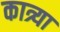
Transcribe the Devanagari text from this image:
कात्र्या